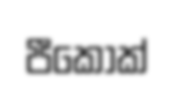
පීකොක්